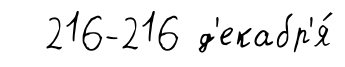
216-216 д'екабр'я́